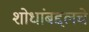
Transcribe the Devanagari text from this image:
शोधांबद्दलचे